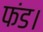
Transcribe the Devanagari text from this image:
फंड।